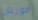
مورغان